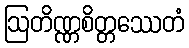
ဩတိဏ္ဏစိတ္တဿေတံ